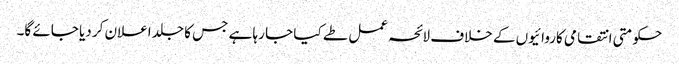
حکومتی انتقامی کاروائیوں کے خلاف لائحہ عمل طے کیا جا رہا ہے جس کا جلد اعلان کر دیا جائے گا۔